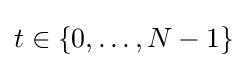
t\in \{0,\ldots ,N-1\}